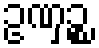
ဥဏှဉ္စ